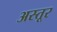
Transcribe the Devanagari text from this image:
अस्तूर